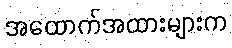
အထောက်အထားများက